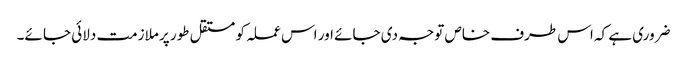
ضروری ہے کہ اس طرف خاص توجہ دی جائے اور اس عملہ کو مستقل طور پر ملازمت دلائی جا ئے۔